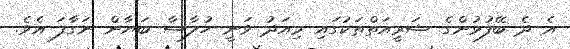
އެ ދެ ބޭފުޅުންގެ ޝަރީއަތްތަކުގައި މިއަދު ވަނީ ހުލާސާ ބަޔާން ނަގާފަ އެވެ.